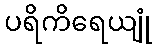
ပရိကိရေယျုံ